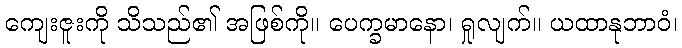
ကျေးဇူးကို သိသည်၏ အဖြစ်ကို။ ပေက္ခမာနော၊ ရှုလျက်။ ယထာနုဘာဝံ၊